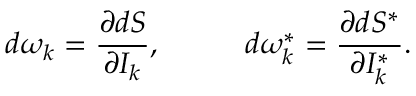
d \omega _ { k } = \frac { \partial d S } { \partial I _ { k } } , \; \; \; \; \; \; \; \; \; \; d \omega _ { k } ^ { * } = \frac { \partial d S ^ { * } } { \partial I _ { k } ^ { * } } .